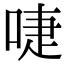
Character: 啑